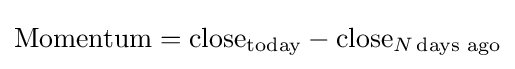
{\text{Momentum}}={\text{close}}_{\text{today}}-{\text{close}}_{N\,{\text{days ago}}}